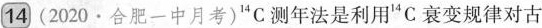
14(2020·合肥一中月考)^{14}C测年法是利用^{14}C衰变规律对